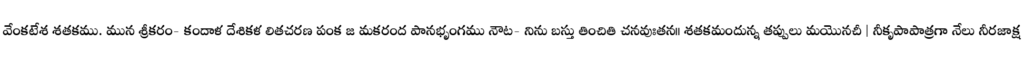
వేంకటేశ శతకము. మున శ్రీకరం- కందాళ దేశికళ లితచరణ పంక జ మకరంద పానభృంగము నౌట- నిను బస్తు తించితి చనవుఃతన॥ శతకమందున్న తప్పులు మయొనచీ | నీకృపాపాత్రగా నేలు నీరజాక్ష